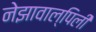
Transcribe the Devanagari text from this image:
नेझावाल्पिली